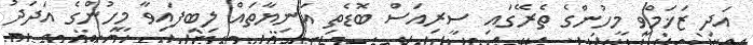
އަދި ޒަޚަމްވީ މީހުންގެ ތެރޭގައި ސީރިއަސް ބޮޑެތި އަނިޔާތައް ލިބިފައިވާ މީހުންގެ އަދަދު